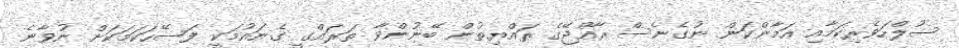
ސުލްހަވެރިކަމާއި އަމާންކަން ނުގެނެސް ރާއްޖޭގެ ރައްޔިތުން ބޭނުންވާ ތަރައްގީ ގެނައުމަކީ ފަސޭހަކަމަކަށް ނުވާނެ